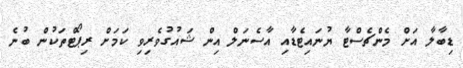
ޑިބާލާ އަށް މެންޗެސްޓާ ޔުނައިޓެޑާއި އާސެނަލް އިން ޝައުގުވެރިވި ކަމަށް ރިޕޯޓްތަކުން ބުނެ